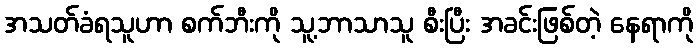
အသတ်ခံရသူဟာ စက်ဘီးကို သူ့ဘာသာသူ စီးပြီး အခင်းဖြစ်တဲ့ နေရာကို